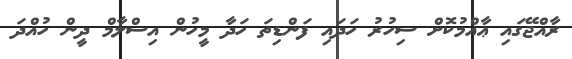
ރާއްޖޭގައި ޢާއްމުކޮށް ސިހުރު ހަދައި ފަންޑިތަ ހަދާ މީހުން އިސްލާމް ދީން ހުއްދަ